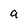
Character: a